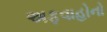
અફવાહોનો